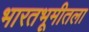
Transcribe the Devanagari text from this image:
भारतभूमीतला